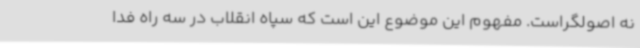
نه اصولگراست. مفهوم این موضوع این است که سپاه انقلاب در سه راه فدا